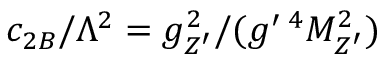
c _ { 2 B } / \Lambda ^ { 2 } = g _ { Z ^ { \prime } } ^ { 2 } / ( g ^ { \prime ~ \! 4 } M _ { Z ^ { \prime } } ^ { 2 } )